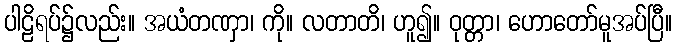
ပါဠိရပ်၌လည်း။ အယံတဏှာ၊ ကို။ လတာတိ၊ ဟူ၍။ ဝုတ္တာ၊ ဟောတော်မူအပ်ပြီ။